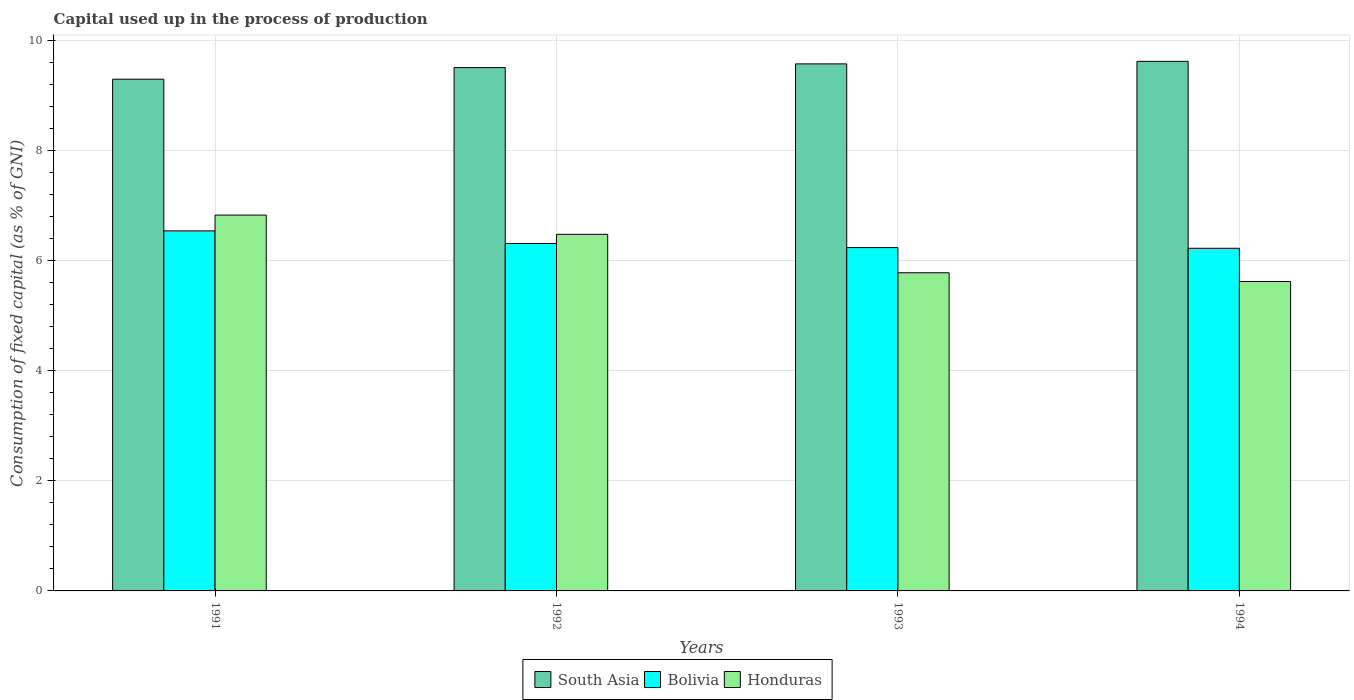
| Years | South Asia | Bolivia | Honduras |
 | --- | --- | --- | --- |
 | 1991 | 9.3 | 6.54 | 6.83 |
 | 1992 | 9.51 | 6.31 | 6.48 |
 | 1993 | 9.58 | 6.24 | 5.78 |
 | 1994 | 9.62 | 6.23 | 5.62 |